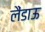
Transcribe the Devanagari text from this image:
लैंडाऊ